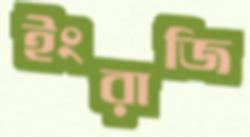
ইংরাজি